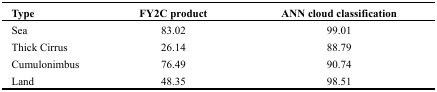
<table><thead><tr><td><b>Type</b></td><td><b>FY2C product</b></td><td><b>ANN cloud classification</b></td></tr></thead><tbody><tr><td>Sea</td><td>83.02</td><td>99.01</td></tr><tr><td>Thick Cirrus</td><td>26.14</td><td>88.79</td></tr><tr><td>Cumulonimbus</td><td>76.49</td><td>90.74</td></tr><tr><td>Land</td><td>48.35</td><td>98.51</td></tr></tbody></table>